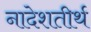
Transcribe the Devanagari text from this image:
नादेशतीर्थ